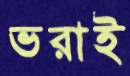
ভরাই